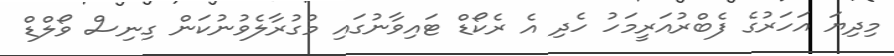
މިދިޔަ އަހަރުގެ ފެބްރުއަރީމަހު ހެދި އެ ރެކޯޑް ޓައިވާނުގައި މުގުރާލެވުނުކަން ގިނިސް ވޯލްޑް